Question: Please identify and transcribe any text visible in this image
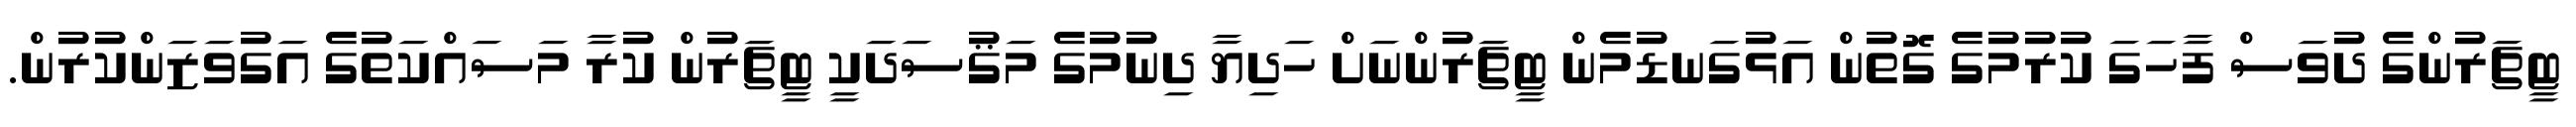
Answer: ޓީޗަރުންގެ ދުވަސް ފާހަގަ ކުރުމުގެ ގޮތުން އަޅުގަނޑުމެން ޓީޗަރުންނަށް ހަދިޔާ ދިނުމުގެ މަޤުސަދަކީ ޓީޗަރުން ކުރާ މަސައްކަތުގެ އަގުވަޒަންކުރުން.